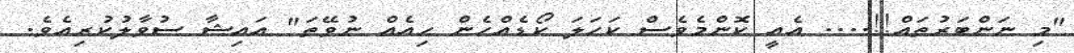
"މި ނަންބަރުތައް!!.... އެއީ ކޮންމެވެސް ކަހަލަ ކޯޑެއްހެން ހިއެއް ނުވޭތަ" އައިޝާ ސުވާލުކުރިއެވެ.